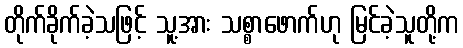
တိုက်ခိုက်ခဲ့သဖြင့် သူ့အား သစ္စာဖောက်ဟု မြင်ခဲ့သူတို့က